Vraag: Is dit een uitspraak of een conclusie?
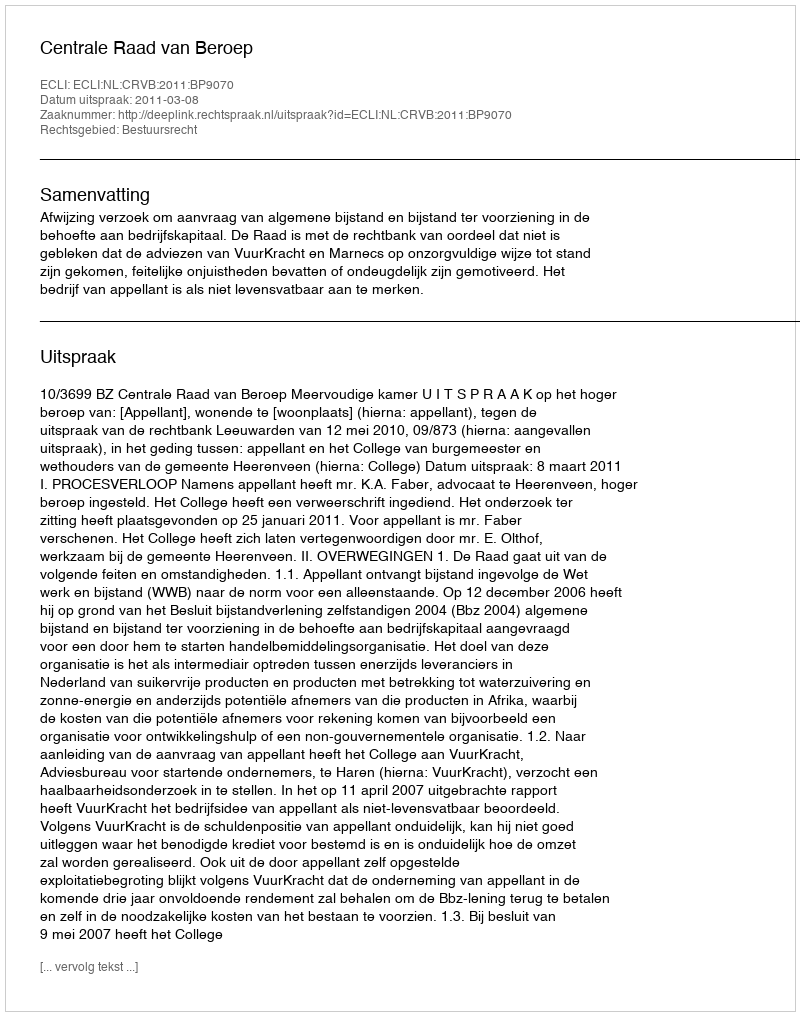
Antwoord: Uitspraak